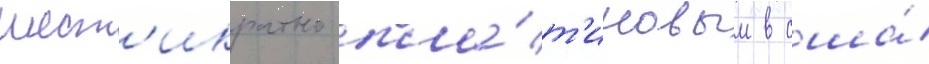
шест'икратно пла́т'иновым в сша́